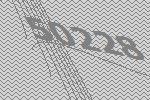
50228